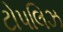
ટોપલિઝ